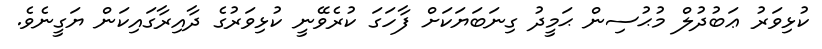
ކުޅިވަރު ޢަބުދުލް މުޙުސިން ޙަމީދު ގިނަބަޔަކަށް ފާހަގަ ކުރެވޭނީ ކުޅިވަރުގެ ދާއިރާގައިކަން ޔަގީނެވެ.